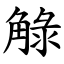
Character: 觮